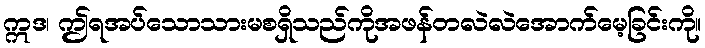
ဣဒ၊ ဤရအပ်သောသားမစရှိသည်ကိုအဖန်တလဲလဲအောက်မေ့ခြင်းကို။